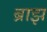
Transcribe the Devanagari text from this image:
ब्राझ